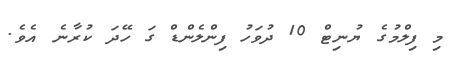
މި ފިލްމުގެ ޔުނިޓް 10 ދުވަހު ފިންލެންޑް ގަ ހޭދަ ކުރާނެ އެވެ.